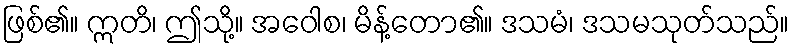
ဖြစ်၏။ ဣတိ၊ ဤသို့။ အဝေါစ၊ မိန့်တော၏။ ဒသမံ၊ ဒသမသုတ်သည်။